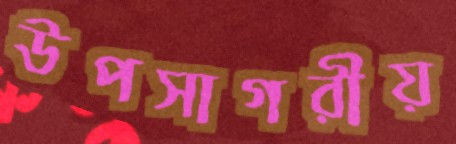
উপসাগরীয়